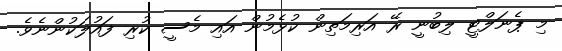
މި ޕެނަލްޓީ ލިބުނީ ރޭ އަރިމަތިން ކުޅެމުން އައި މެސީ ކުރި ފައުލަކުންނެވެ.